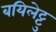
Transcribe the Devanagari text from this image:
बयिलेट्टु